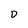
Character: D